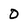
Character: O